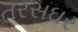
તરસઘર